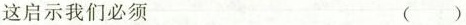
这启示我们必须（）